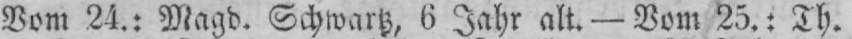
Vom 24.: Magd. Schwartz, 6 Jahr alt. - Vom 25.: Th.